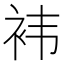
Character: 袆